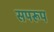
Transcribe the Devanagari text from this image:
सपरूप